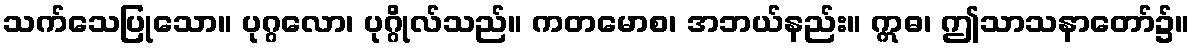
သက်သေပြုသော။ ပုဂ္ဂလော၊ ပုဂ္ဂိုလ်သည်။ ကတမောစ၊ အဘယ်နည်း။ ဣဓ၊ ဤသာသနာတော်၌။